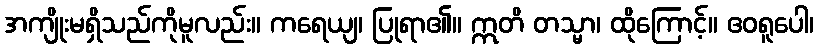
အကျိုးမရှိသည်ကိုမူလည်း။ ကရေယျ၊ ပြုရာ၏။ ဣတိ တသ္မာ၊ ထိုကြောင့်။ ဧဝရူပေါ၊